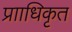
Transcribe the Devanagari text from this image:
प्रााधिकृत